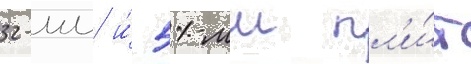
32-мм и́ 51-мм пл'и́т